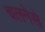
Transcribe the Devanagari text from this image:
चलनेसे